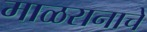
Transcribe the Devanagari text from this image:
माळरानाचे